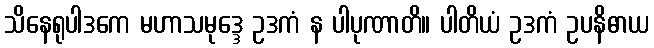
သိနေရုပါဒကေ မဟာသမုဒ္ဒေ ဥဒကံ န ပါပုဏာတိ။ ပါတိယံ ဥဒကံ ဥပနိဓာယ